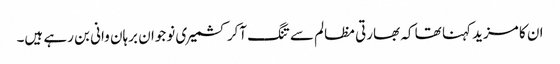
ان کا مزید کہنا تھا کہ بھارتی مظالم سے تنگ آکر کشمیری نوجوان برہان وانی بن رہے ہیں۔